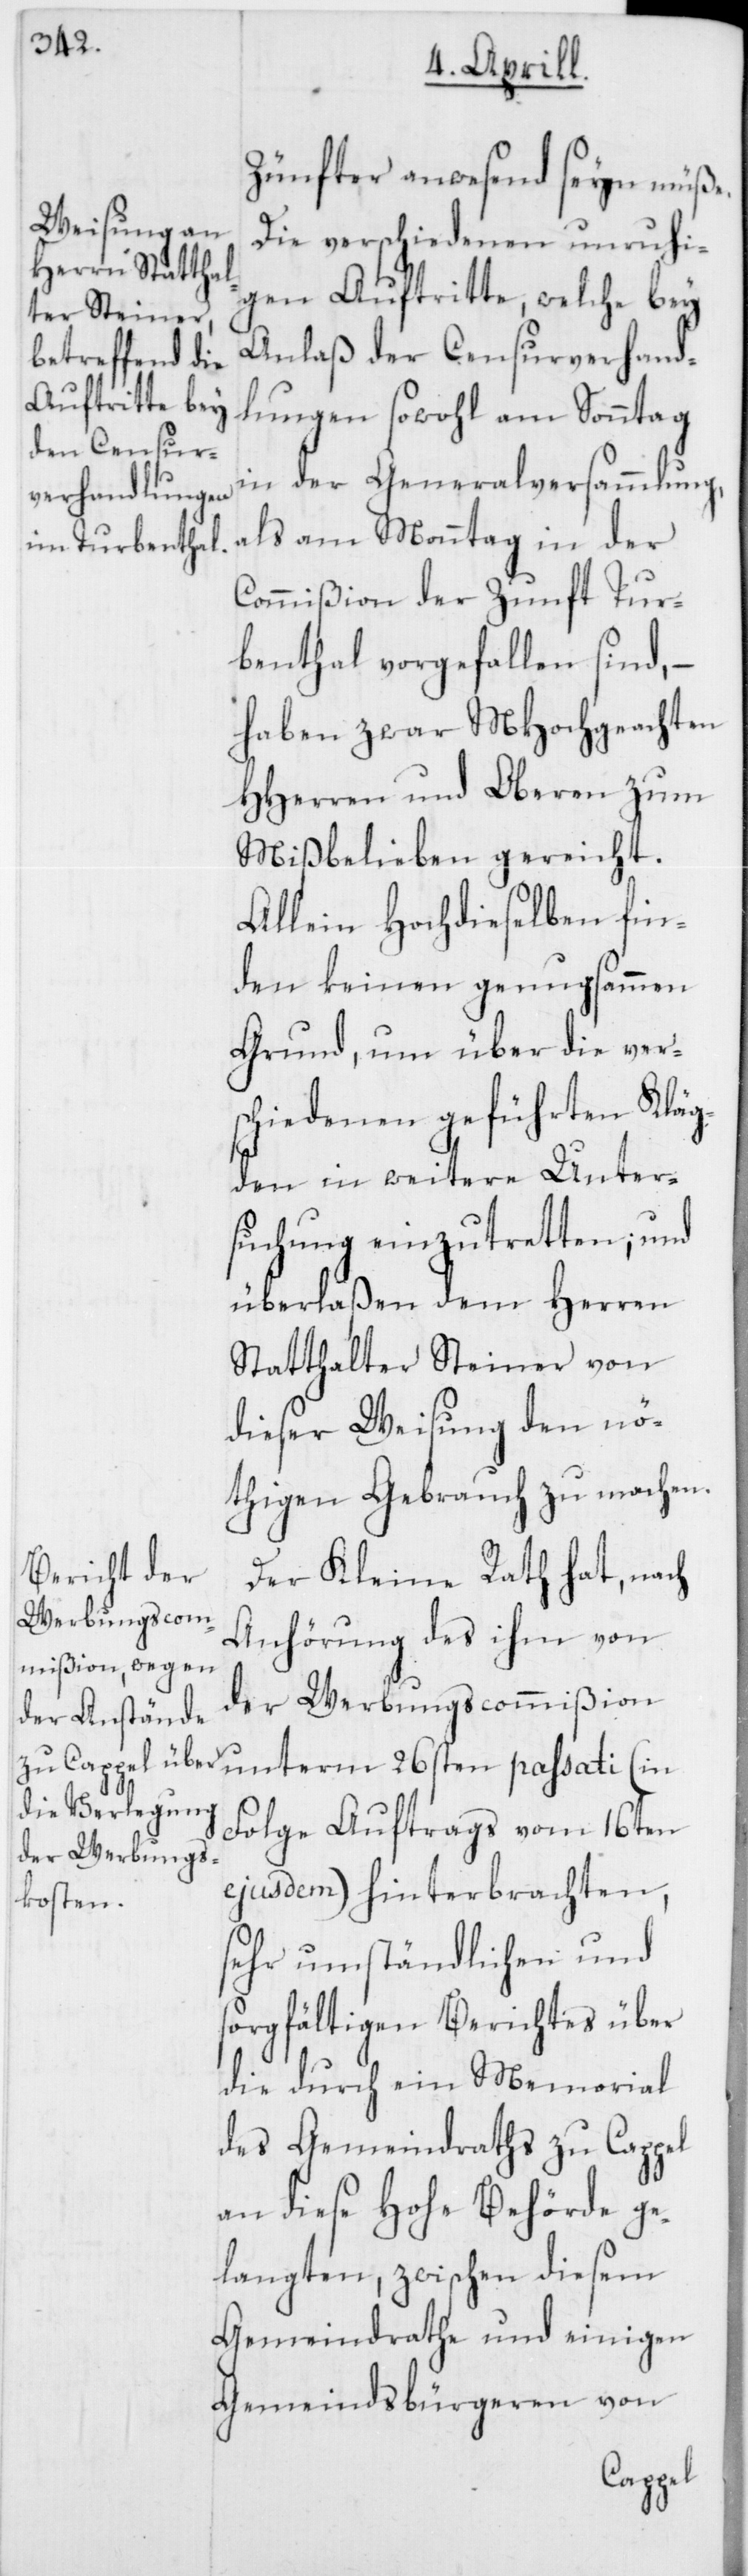
Zünfter anwesend seyn müße.
Die verschiedenen unruhi¬
gen Auftritte, welche bey
Anlaß der Censurverhand¬
lungen sowohl am Sonntag
in der Generalversammlung,
als am Monntag in der
Commißion der Zunft Tur¬
benthal vorgefallen sind, –
haben zwar MHochgeachten
HHerren und Oberen zum
Mißbelieben gereicht.
Allein Hochdieselben fin¬
den keinen genugsammen
Grund, um über die vers¬
chiedenen geführten Kläg¬
den in weitere Unter¬
suchung einzutretten; und
überlaßen dem Herren
Statthalter Steiner von
dieser Weisung den nö¬
thigen Gebrauch zu machen.
Der Kleine Rath hat, nach
Anhörung des ihm von
der Werbungscommißion
unterm 26sten passati (in
Folge Auftrags vom 16ten
ejusdem) hinterbrachten,
sehr umständlichen und
sorgfältigen Berichtes über
die durch ein Memorial
des Gemeindraths zu Cappel
an diese Hohe Behörde ge¬
langten, zwischen diesem
Gemeindrathe und einigen
Gemeindsbürgeren von